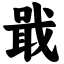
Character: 戢